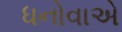
ધનોવાએ